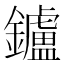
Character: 鑪